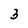
Character: 3